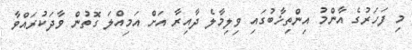
މި ފަހަރުގެ އާންމު އިންތިޚާބުގައި ވިލިމާލެ ދާއިރާ އަށް އަމިއްލަ ގޮތުން ވާދަކުރައްވާ